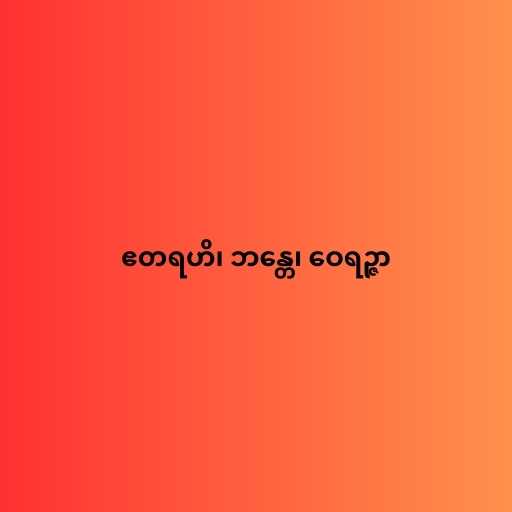
ဧတရဟိ၊ ဘန္တေ၊ ဝေရဉ္ဇာ